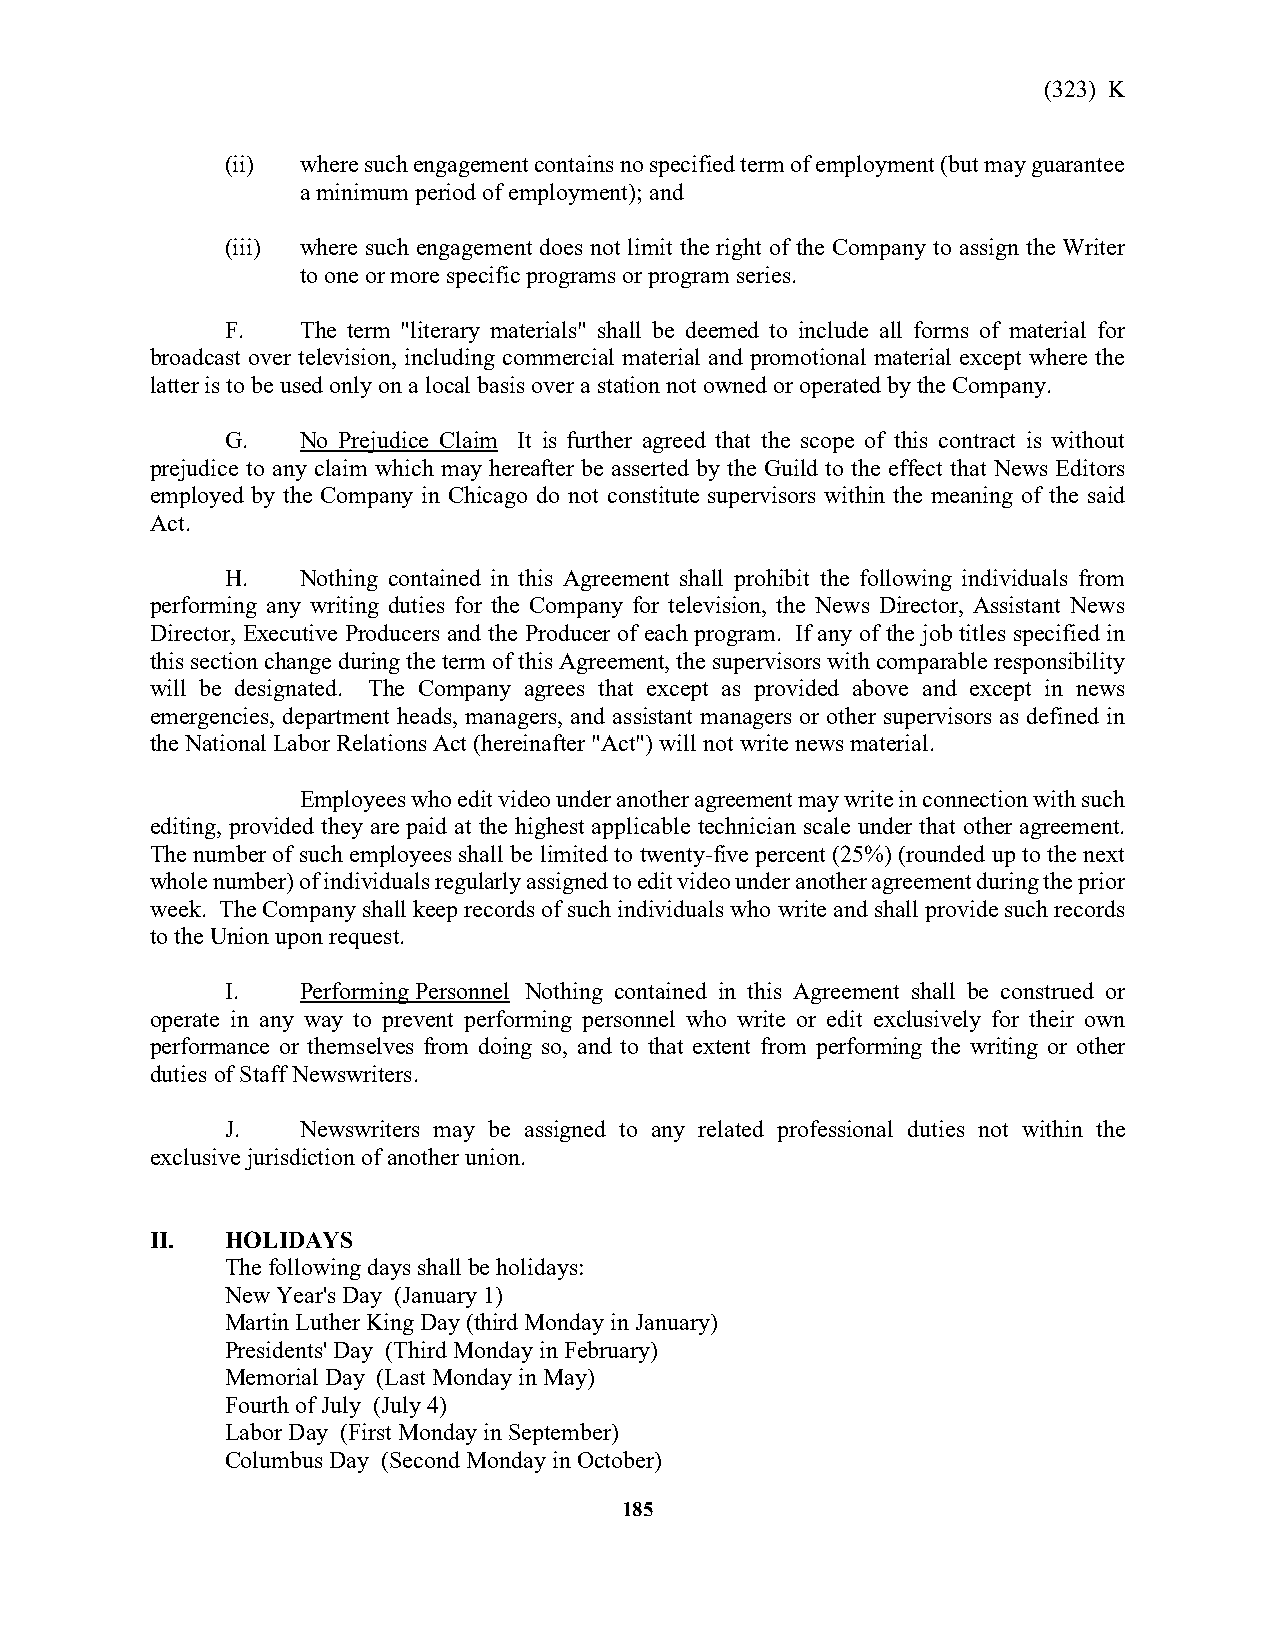
(323) K
 (ii) where such engagement contains no specified term of employment (but may guarantee
 a minimum period of employment); and
 (iii) where such engagement does not limit the right of the Company to assign the Writer
 to one or more specific programs or program series.
 F.   The term "literary materials" shall be deemed to include all forms of material for
 broadcast over television, including commercial material and promotional material except where the
 latter is to be used only on a local basis over a station not owned or operated by the Company.
 G.   No Prejudice Claim It is further agreed that the scope of this contract is without
 prejudice to any claim which may hereafter be asserted by the Guild to the effect that News Editors
 employed by the Company in Chicago do not constitute supervisors within the meaning of the said
 Act.
 H.   Nothing contained in this Agreement shall prohibit the following individuals from
 performing any writing duties for the Company for television, the News Director, Assistant News
 Director, Executive Producers and the Producer of each program. If any of the job titles specified in
 this section change during the term of this Agreement, the supervisors with comparable responsibility
 will be designated. The Company agrees that except as provided above and except in news
 emergencies, department heads, managers, and assistant managers or other supervisors as defined in
 the National Labor Relations Act (hereinafter "Act") will not write news material.
 Employees who edit video under another agreement may write in connection with such
 editing, provided they are paid at the highest applicable technician scale under that other agreement.
 The number of such employees shall be limited to twenty-five percent (25%) (rounded up to the next
 whole number) of individuals regularly assigned to edit video under another agreement during the prior
 week. The Company shall keep records of such individuals who write and shall provide such records
 to the Union upon request.
 I.   Performing Personnel Nothing contained in this Agreement shall be construed or
 operate in any way to prevent performing personnel who write or edit exclusively for their own
 performance or themselves from doing so, and to that extent from performing the writing or other
 duties of Staff Newswriters.
 J.   Newswriters may be assigned to any related professional duties not within the
 exclusive jurisdiction of another union.
 II.  HOLIDAYS
 The following days shall be holidays:
 New Year's Day (January 1)
 Martin Luther King Day (third Monday in January)
 Presidents' Day (Third Monday in February)
 Memorial Day (Last Monday in May)
 Fourth of July (July 4)
 Labor Day (First Monday in September)
 Columbus Day (Second Monday in October)
 185